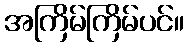
အကြိမ်ကြိမ်ပင်။